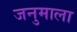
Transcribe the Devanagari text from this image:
जनुमाला